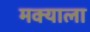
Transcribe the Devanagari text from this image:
मक्याला